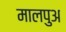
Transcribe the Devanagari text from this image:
मालपुअ